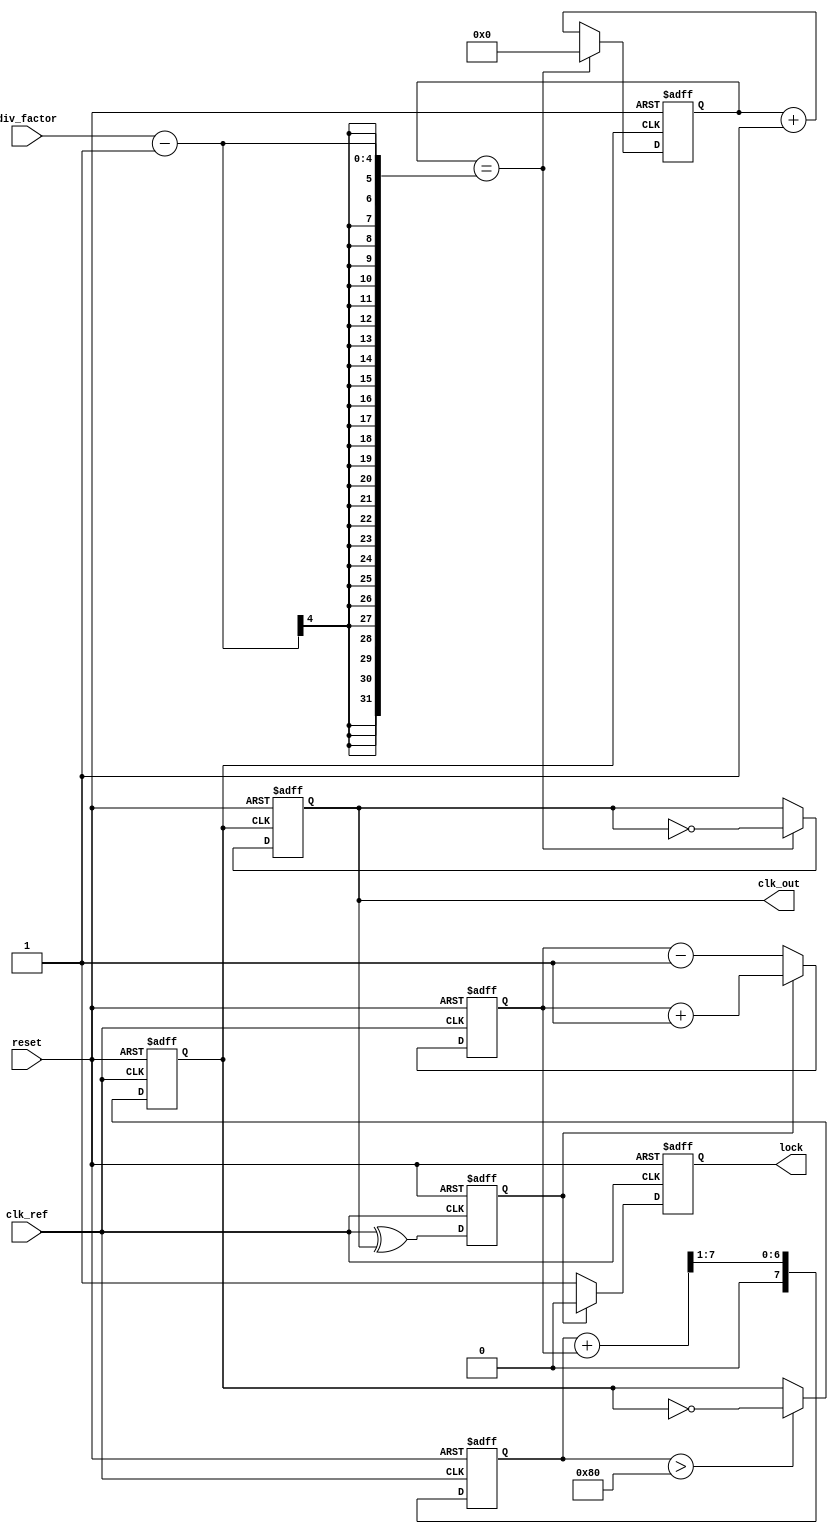
module PLL (
    input wire clk_ref,          // Input reference clock
    input wire reset,            // Reset signal
    output wire clk_out,         // Output clock
    output wire lock,            // Lock status signal
    input wire [3:0] div_factor  // Frequency divider factor
);

// Phase Detector
reg phase_error;
always @(posedge clk_ref or posedge reset) begin
    if (reset) begin
        phase_error <= 0;
    end else begin
        // Simple phase detection logic (PFD)
        // This is a placeholder; actual implementation would be more complex
        phase_error <= clk_ref ^ clk_out; // XOR for phase comparison
    end
end

// Charge Pump
reg [7:0] control_voltage; // Control voltage for VCO
always @(posedge clk_ref or posedge reset) begin
    if (reset) begin
        control_voltage <= 0;
    end else begin
        // Charge Pump logic
        if (phase_error) begin
            control_voltage <= control_voltage + 1; // Increase voltage
        end else begin
            control_voltage <= control_voltage - 1; // Decrease voltage
        end
    end
end

// Loop Filter (simple first-order)
reg [7:0] filtered_voltage;
always @(posedge clk_ref or posedge reset) begin
    if (reset) begin
        filtered_voltage <= 0;
    end else begin
        // Simple low-pass filter
        filtered_voltage <= (filtered_voltage + control_voltage) >> 1; // Averaging
    end
end

// Voltage-Controlled Oscillator (VCO)
reg clk_vco;
always @(posedge clk_ref or posedge reset) begin
    if (reset) begin
        clk_vco <= 0;
    end else begin
        // Simple VCO behavior (toggle based on control voltage)
        if (filtered_voltage > 128) begin
            clk_vco <= ~clk_vco; // Toggle output clock
        end
    end
end

// Frequency Divider
reg [3:0] counter;
always @(posedge clk_vco or posedge reset) begin
    if (reset) begin
        counter <= 0;
        clk_out <= 0;
    end else begin
        if (counter == div_factor - 1) begin
            clk_out <= ~clk_out; // Toggle output clock
            counter <= 0;
        end else begin
            counter <= counter + 1;
        end
    end
end

// Lock Detector (simple implementation)
reg lock_status;
always @(posedge clk_ref or posedge reset) begin
    if (reset) begin
        lock_status <= 0;
    end else begin
        // Simple lock detection logic
        if (phase_error == 0) begin
            lock_status <= 1; // Locked
        end else begin
            lock_status <= 0; // Not locked
        end
    end
end

assign lock = lock_status;

endmodule